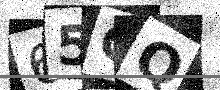
Text: 65CQ